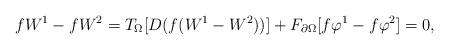
LaTeX: \begin{align*} fW^1-fW^2=T_{\Omega}[D(f(W^1-W^2))]+F_{\partial\Omega}[f\varphi^1 -f\varphi^2]=0,\end{align*}